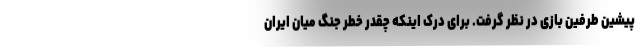
پیشین طرفین بازی در نظر گرفت. برای درک اینکه چقدر خطر جنگ میان ایران